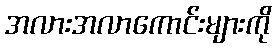
အလားအလာကောင်းများကို